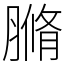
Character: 䐰